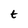
Character: t